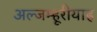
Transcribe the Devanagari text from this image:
अल्जम्हूरीयाह